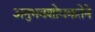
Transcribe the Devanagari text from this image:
अनुभवशोधकतेने